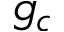
g _ { c }